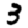
Digit: 3